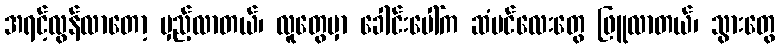
အရင့်လွန်လာတော့ မှည့်လာတယ်၊ လူတွေမှာ ခေါင်းပေါ်က ဆံပင်လေးတွေ ဖြူလာတယ်၊ သွားတွေ